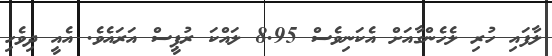
ލާފައި ހުރި ލެހެންގާއަށް އެކަނިވެސް 8.95 ލައްކަ ރުޕީސް އަރައެވެ. އެއީ ދިވެހި